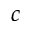
c